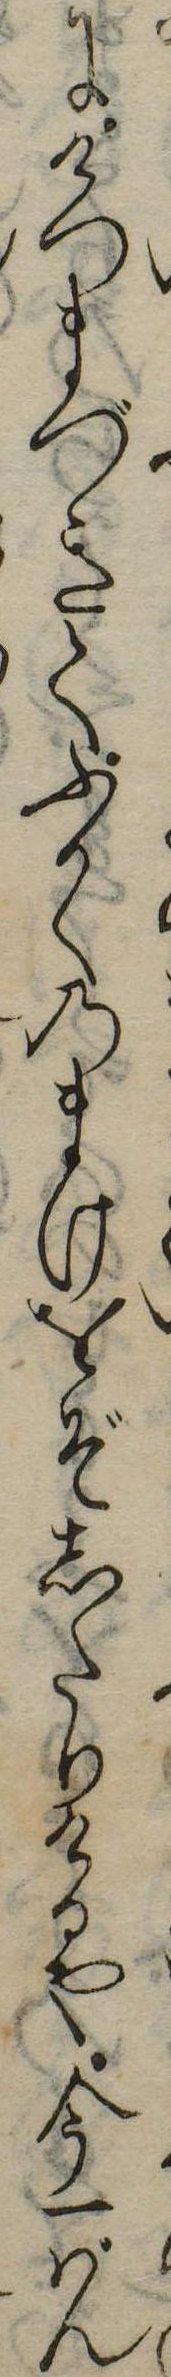
にけつまづきてふかくのまけをぞしたりけるや今一ばん